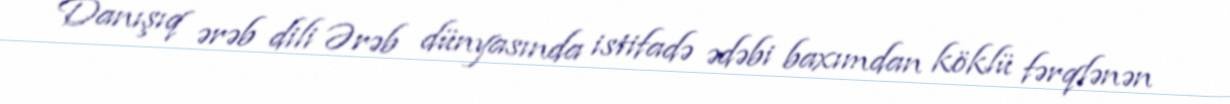
Danışıq ərəb dili Ərəb dünyasında istifadə ədəbi baxımdan köklü fərqlənən